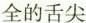
全的舌尖